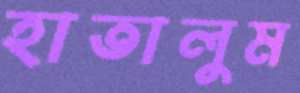
হাতালুম